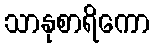
သာနုစာရိကော